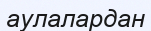
аулалардан